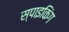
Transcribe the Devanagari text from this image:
स्पाइकिंग